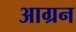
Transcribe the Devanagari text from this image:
आग्रन